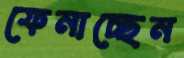
ফেনাচ্ছেন